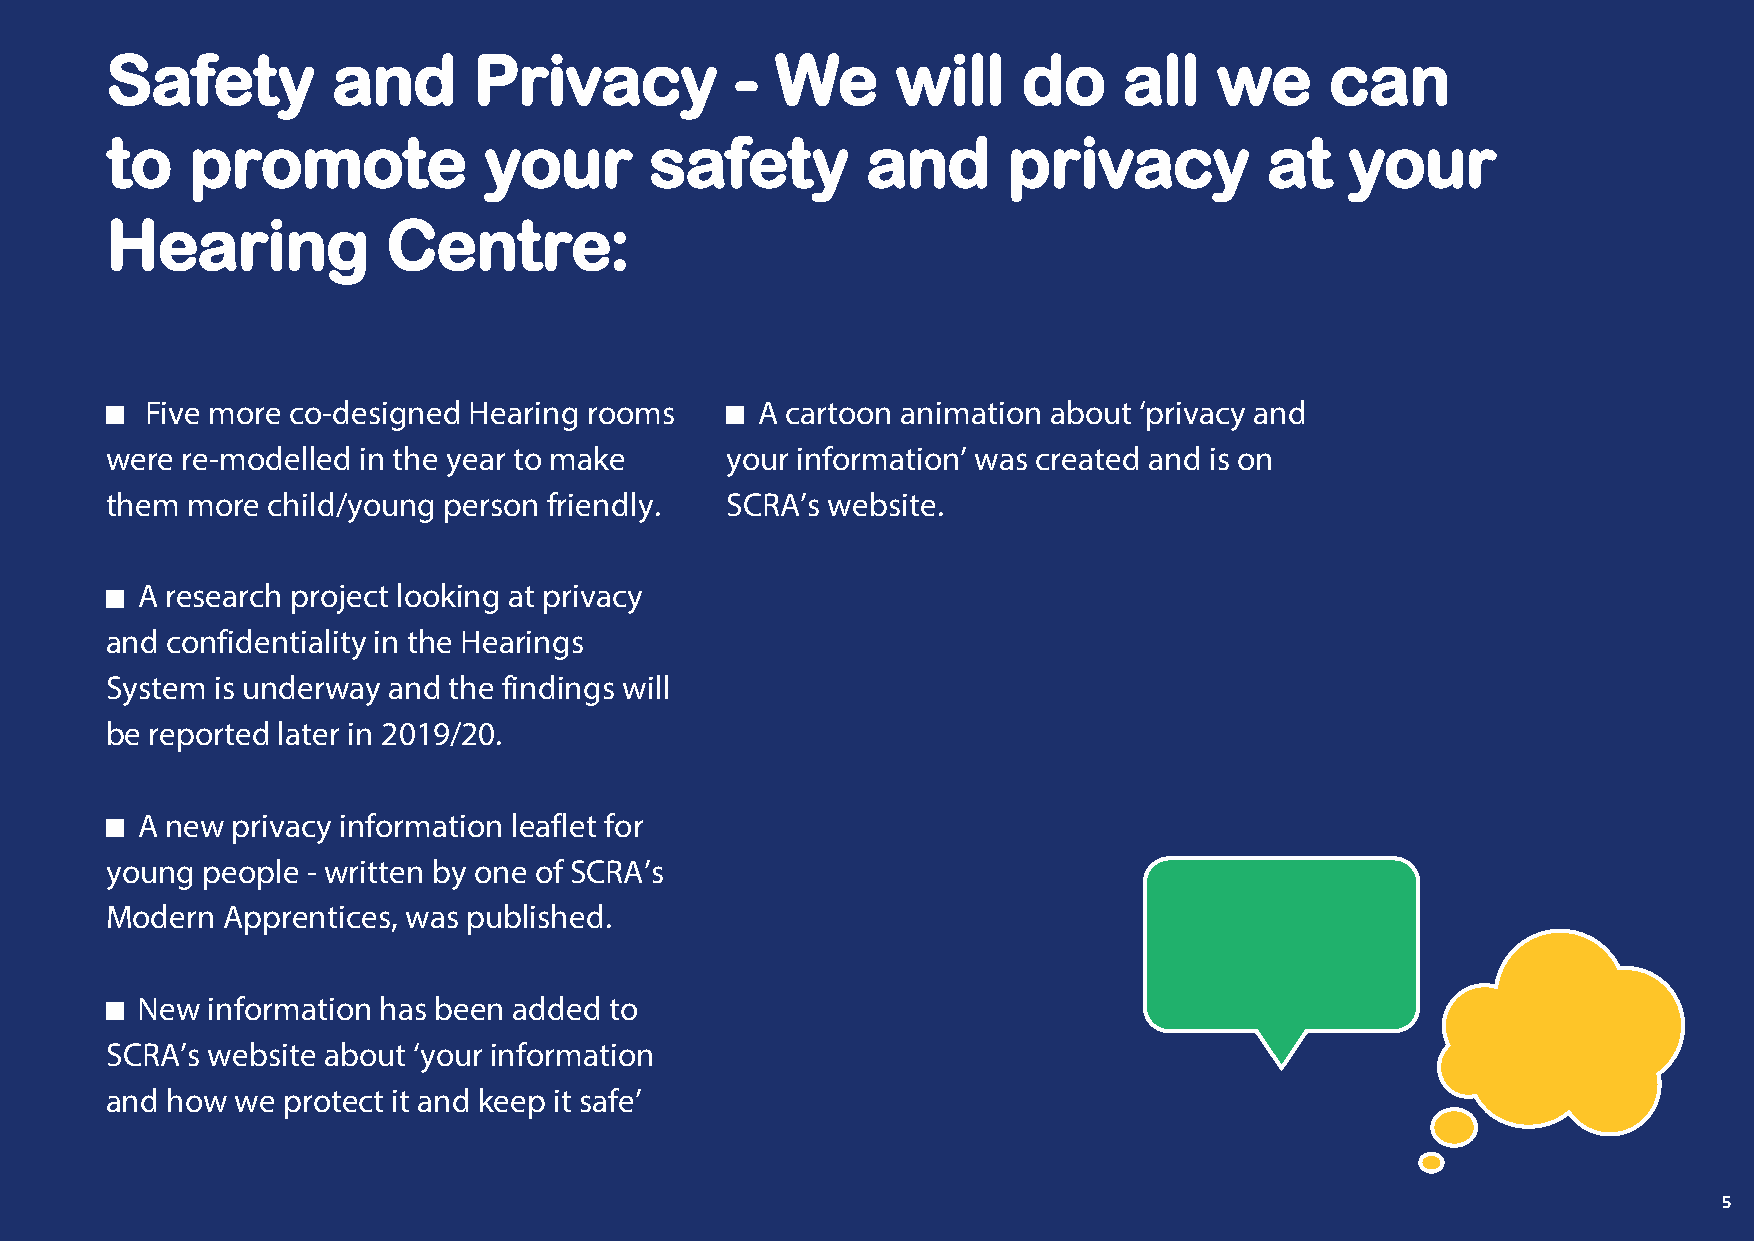
Safety         and      Privacy           - We      will     do    all    we     can
 to    promote            your       safety        and       privacy          at   your
 Hearing            Centre:
 Five more co-designed Hearing rooms     A cartoon animation about ‘privacy and
 were re-modelled in the year to make     your information’ was created and is on
 them more  child/young person friendly.  SCRA’s website.
 A research project looking at privacy
 and confidentiality in the Hearings
 System is underway and the findings will
 be reported later in 2019/20.
 A new privacy information leaflet for
 young people - written by one of SCRA’s
 Modern  Apprentices, was published.
 New  information has been added to
 SCRA’s website about ‘your information
 and how  we protect it and keep it safe’
 535